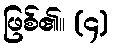
ဖြစ်၏။ (၄)